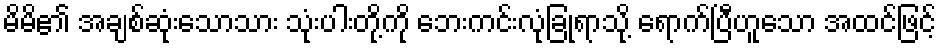
မိမိ၏ အချစ်ဆုံးသောသား သုံးပါးတို့ကို ဘေးကင်းလုံခြုံရာသို့ ရောက်ပြီဟူသော အထင်ဖြင့်